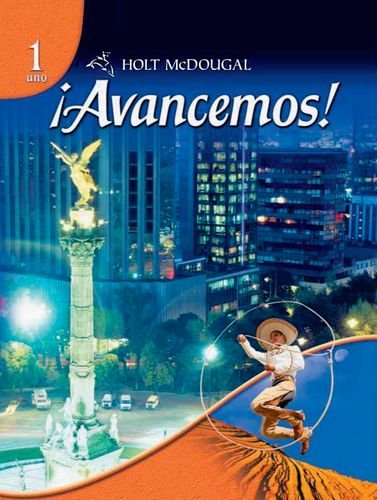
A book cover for Avancemos, 1 uno; HOLT MCDOUGAL; Teen & Young Adult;